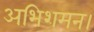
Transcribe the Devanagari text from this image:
अभिशमन।